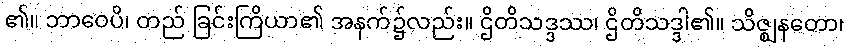
၏။ ဘာဝေပိ၊ တည် ခြင်းကြိယာ၏ အနက်၌လည်း။ ဌိတိသဒ္ဒဿ၊ ဌိတိသဒ္ဒါ၏။ သိဇ္ဈနတော၊